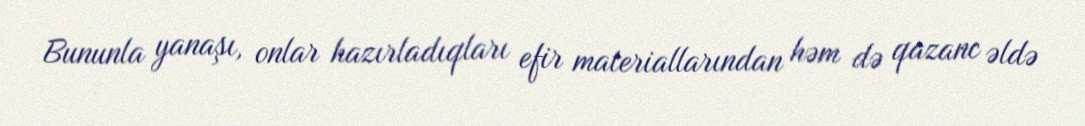
Bununla yanaşı, onlar hazırladıqları efir materiallarından həm də qazanc əldə